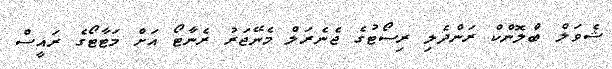
ޝެވަލް ބްލޮންކް ރަންދެލި ރިސޯޓުގެ ޖެނެރަލް މެނޭޖަރު ރެނާޓޯ އަށް މަޓާޓޯގެ ރައީސް